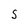
Character: S